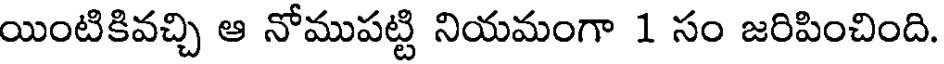
యింటికివచ్చి ఆ నోముపట్టి నియమంగా 1 సం జరిపించింది.